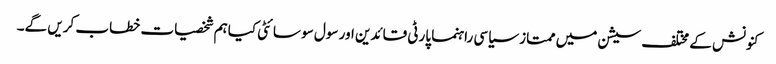
کنونش کے مختلف سیشن میں ممتاز سیاسی راہنما پارٹی قائدین اور سول سو سائٹی کیاہم شخصیات خطاب کریں گے۔